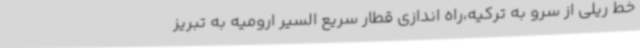
خط ریلی از سرو به ترکیه،راه اندازی قطار سریع السیر ارومیه به تبریز